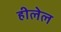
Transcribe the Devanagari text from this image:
हीलेल